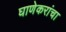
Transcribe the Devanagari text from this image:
घाणेकरांचा